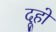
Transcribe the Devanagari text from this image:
दूहो